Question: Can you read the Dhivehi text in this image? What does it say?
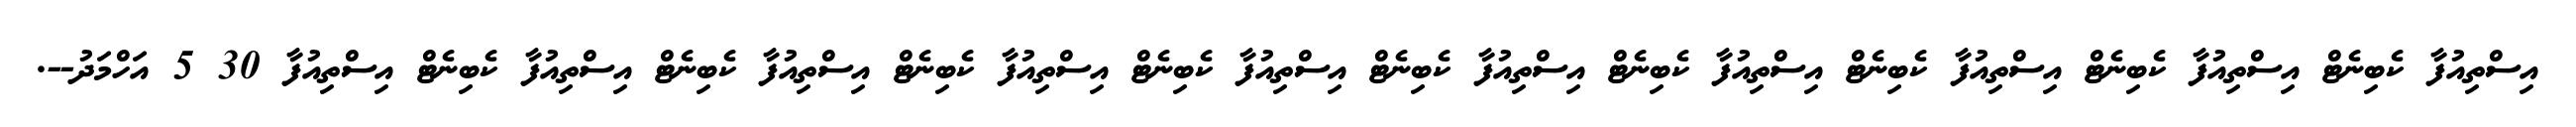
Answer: އިސްތިއުފާ ކެބިނެޓް އިސްތިއުފާ ކެބިނެޓް އިސްތިއުފާ ކެބިނެޓް އިސްތިއުފާ ކެބިނެޓް އިސްތިއުފާ ކެބިނެޓް އިސްތިއުފާ ކެބިނެޓް އިސްތިއުފާ ކެބިނެޓް އިސްތިއުފާ ކެބިނެޓް އިސްތިއުފާ ކެބިނެޓް އިސްތިއުފާ 30 5 އަހްމަދު--.